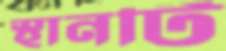
স্থানটি